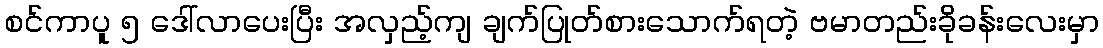
စင်ကာပူ ၅ ဒေါ်လာပေးပြီး အလှည့်ကျ ချက်ပြုတ်စားသောက်ရတဲ့ ဗမာတည်းခိုခန်းလေးမှာ